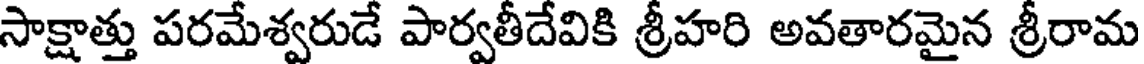
సాక్షాత్తు పరమేశ్వరుడే పార్వతీదేవికి శ్రీహరి అవతారమైన శ్రీరామ